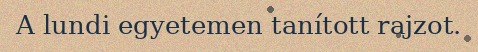
A lundi egyetemen tanított rajzot.